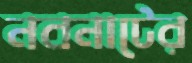
নবনাটের